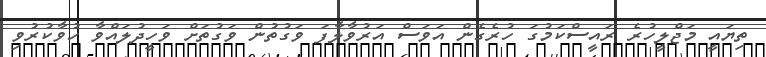
ތިޔައީ މަޖްލީހުރެ ރައީސްކަމުގަ ހުރެގެން އަވަސް އަރުވާލާފަ ވަގުތުން ވަގުތަށް ވަހީދުލައްވާ ހުވާކުރުވި